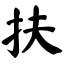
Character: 扶